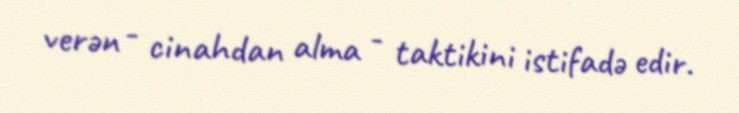
verən - cinahdan alma - taktikini istifadə edir.